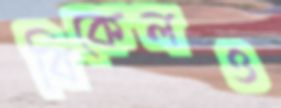
বিকেলও